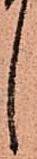
し